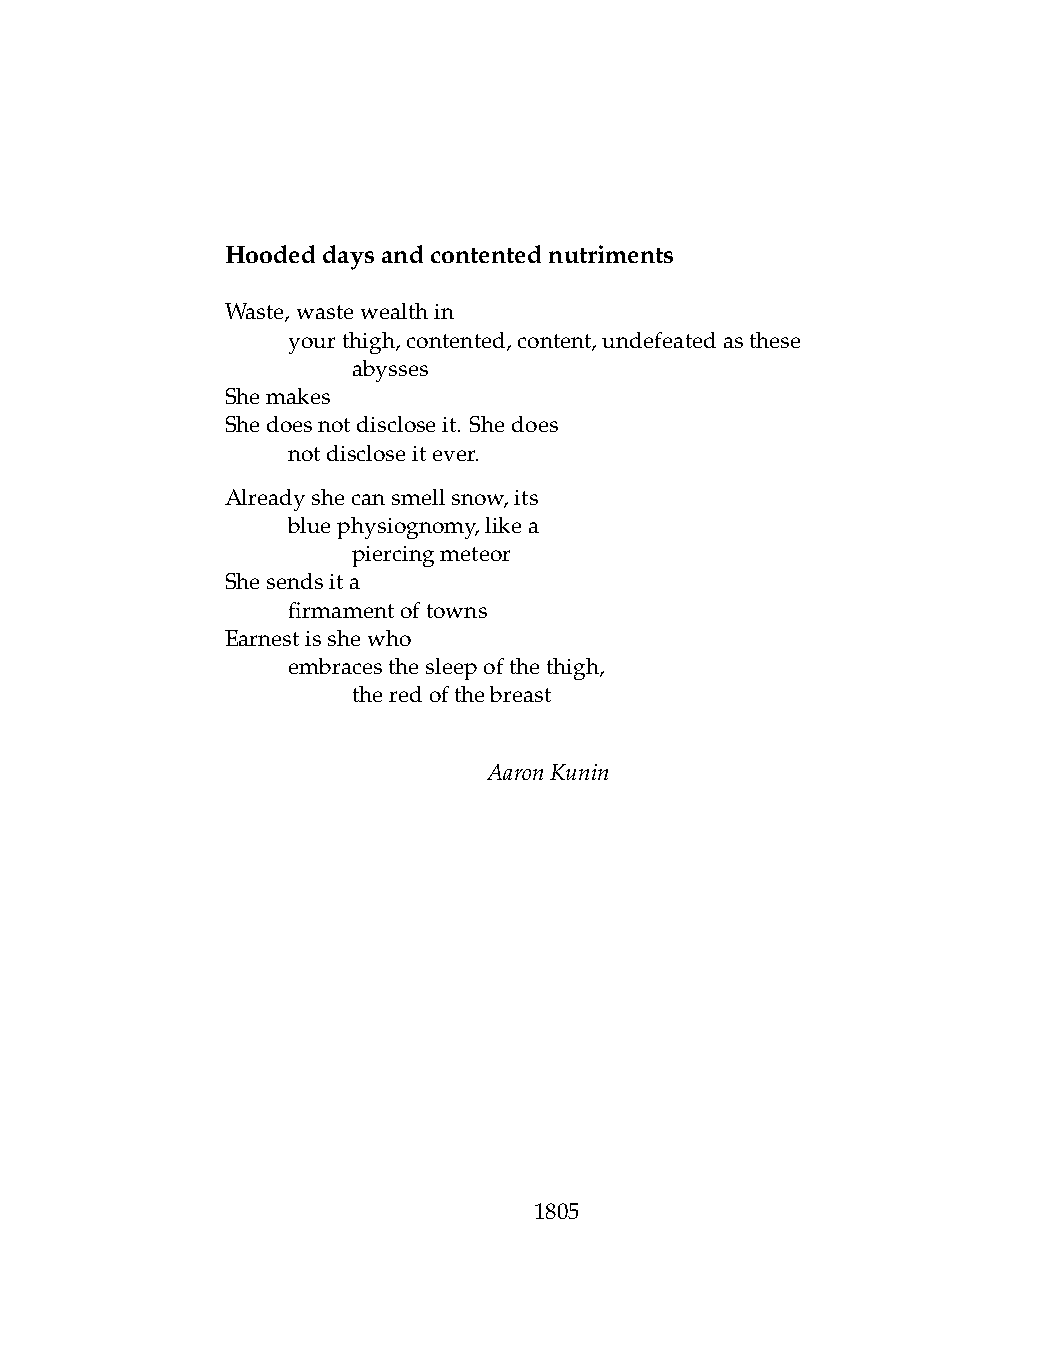
Hoodeddaysandcontentednutriments
 Waste,wastewealthin
 .   yourthigh,contented,content,undefeatedasthese
 .   .   abysses
 Shemakes
 Shedoesnotdiscloseit. Shedoes
 .   notdiscloseitever.
 Alreadyshecansmellsnow,its
 .   bluephysiognomy,likea
 .   .   piercingmeteor
 Shesendsita
 .   firmamentoftowns
 Earnestisshewho
 .   embracesthesleepofthethigh,
 .   .   theredofthebreast
 AaronKunin
 1805